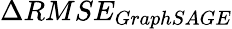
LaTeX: \Delta RMSE_{GraphSAGE}